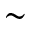
\sim